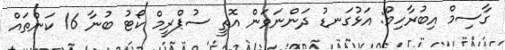
ގާސިމް އިބުރާހިމް: އަޅުގަނޑު ދަންނަވަން އޮތީ ސުޕްރީމް ކޯޓު ބުނާ 16 ކަންތައް